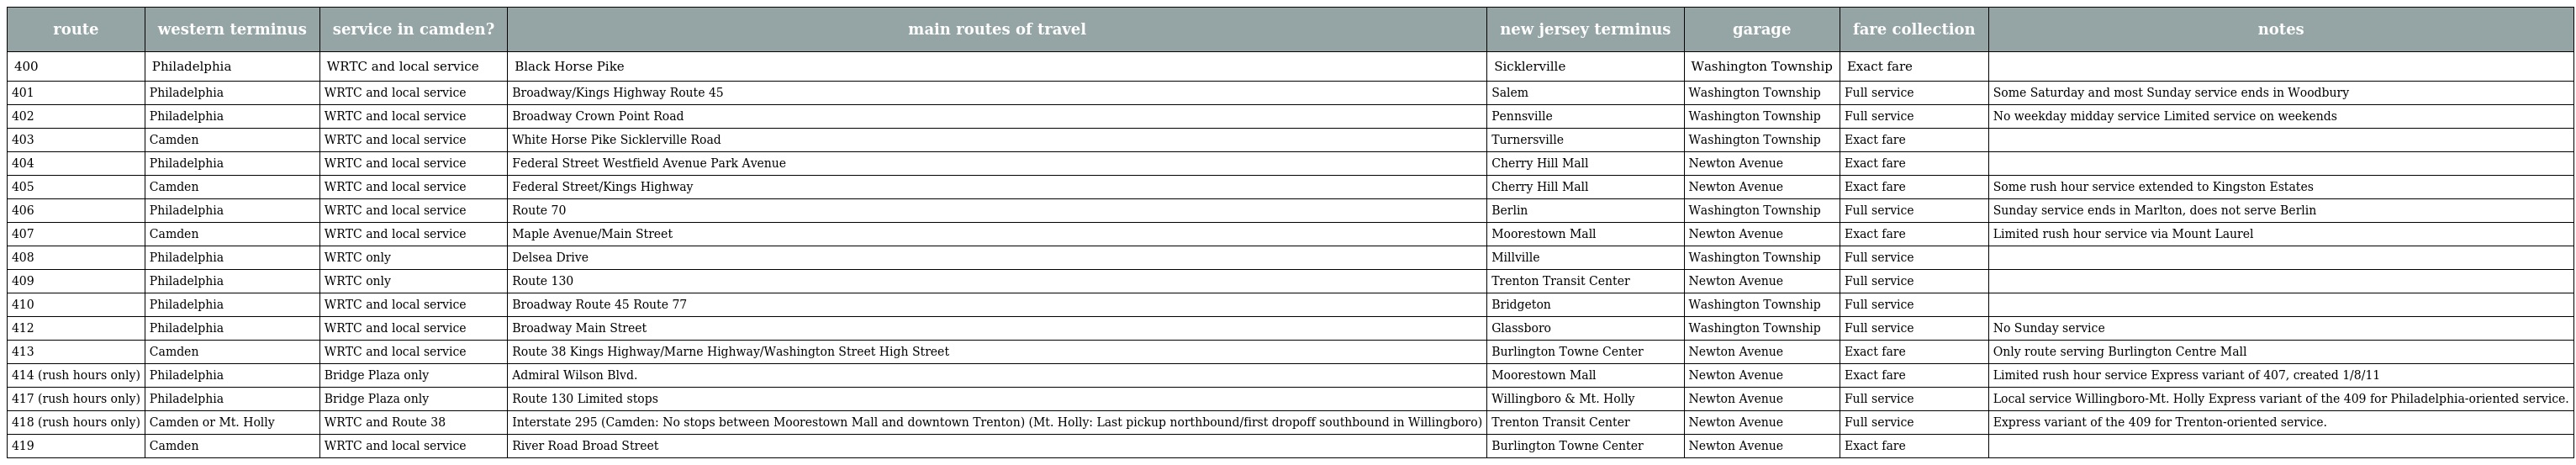
| route | western terminus | service in camden? | main routes of travel | new jersey terminus | garage | fare collection | notes |
 | --- | --- | --- | --- | --- | --- | --- | --- |
 | 400 | Philadelphia | WRTC and local service | Black Horse Pike | Sicklerville | Washington Township | Exact fare |  |
 | 401 | Philadelphia | WRTC and local service | Broadway/Kings Highway Route 45 | Salem | Washington Township | Full service | Some Saturday and most Sunday service ends in Woodbury |
 | 402 | Philadelphia | WRTC and local service | Broadway Crown Point Road | Pennsville | Washington Township | Full service | No weekday midday service Limited service on weekends |
 | 403 | Camden | WRTC and local service | White Horse Pike Sicklerville Road | Turnersville | Washington Township | Exact fare |  |
 | 404 | Philadelphia | WRTC and local service | Federal Street Westfield Avenue Park Avenue | Cherry Hill Mall | Newton Avenue | Exact fare |  |
 | 405 | Camden | WRTC and local service | Federal Street/Kings Highway | Cherry Hill Mall | Newton Avenue | Exact fare | Some rush hour service extended to Kingston Estates |
 | 406 | Philadelphia | WRTC and local service | Route 70 | Berlin | Washington Township | Full service | Sunday service ends in Marlton, does not serve Berlin |
 | 407 | Camden | WRTC and local service | Maple Avenue/Main Street | Moorestown Mall | Newton Avenue | Exact fare | Limited rush hour service via Mount Laurel |
 | 408 | Philadelphia | WRTC only | Delsea Drive | Millville | Washington Township | Full service |  |
 | 409 | Philadelphia | WRTC only | Route 130 | Trenton Transit Center | Newton Avenue | Full service |  |
 | 410 | Philadelphia | WRTC and local service | Broadway Route 45 Route 77 | Bridgeton | Washington Township | Full service |  |
 | 412 | Philadelphia | WRTC and local service | Broadway Main Street | Glassboro | Washington Township | Full service | No Sunday service |
 | 413 | Camden | WRTC and local service | Route 38 Kings Highway/Marne Highway/Washington Street High Street | Burlington Towne Center | Newton Avenue | Exact fare | Only route serving Burlington Centre Mall |
 | 414 (rush hours only) | Philadelphia | Bridge Plaza only | Admiral Wilson Blvd. | Moorestown Mall | Newton Avenue | Exact fare | Limited rush hour service Express variant of 407, created 1/8/11 |
 | 417 (rush hours only) | Philadelphia | Bridge Plaza only | Route 130 Limited stops | Willingboro & Mt. Holly | Newton Avenue | Full service | Local service Willingboro-Mt. Holly Express variant of the 409 for Philadelphia-oriented service. |
 | 418 (rush hours only) | Camden or Mt. Holly | WRTC and Route 38 | Interstate 295 (Camden: No stops between Moorestown Mall and downtown Trenton) (Mt. Holly: Last pickup northbound/first dropoff southbound in Willingboro) | Trenton Transit Center | Newton Avenue | Full service | Express variant of the 409 for Trenton-oriented service. |
 | 419 | Camden | WRTC and local service | River Road Broad Street | Burlington Towne Center | Newton Avenue | Exact fare |  |